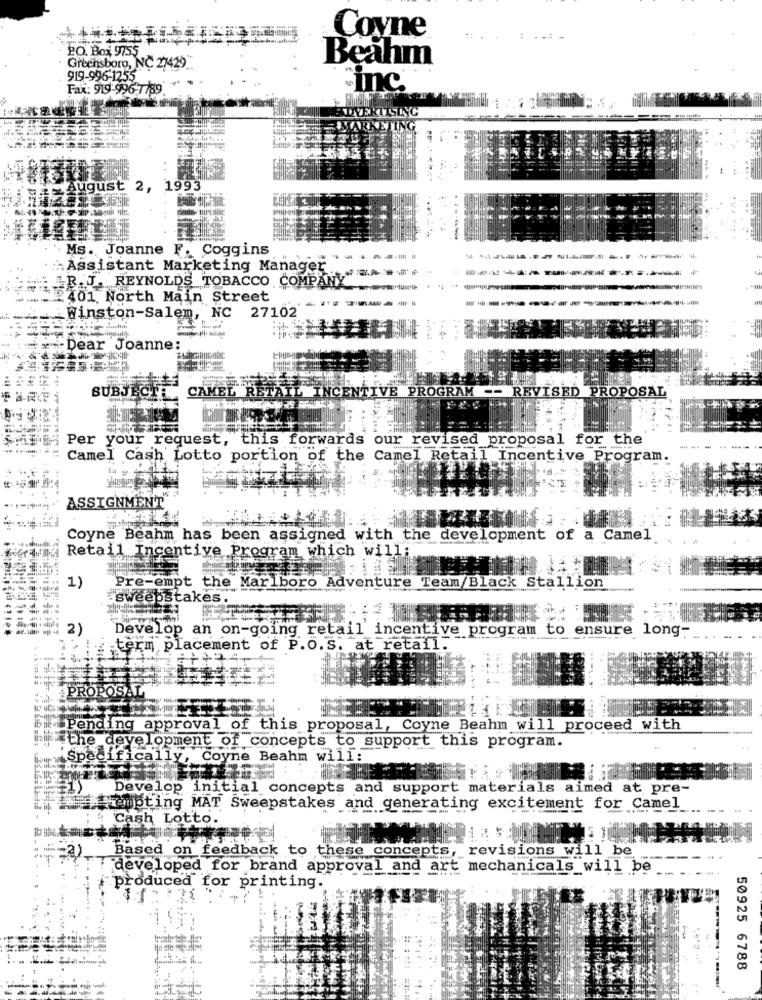
Covne
PO. Box 9755
Beahm
Greensboro, NC 27429
919-996-1255
Fax: 919-996-7789
inc.
OYEKTISIN
August 2, 1993
Ms. Joanne F. Coggins
Assistant Marketing Manager
R. J. REYNOLDS TOBACCO COMPANY
12401 North Main Street
Winston-Salem, NC 27102
Dear Joanne
CAMEL
IVE PROGRAM
- REVISED PROPOSAL
SUBJECT
Per your request, this forwards our revised proposal for the
Camel Cash Lotto portion of the Camel Retail Incentive Program
ASSIGNMENT
Coyne Beahm has been assigned with the development of a Camel
Retail Incentive Program which will;
1)
Pre-empt the Marlboro Adventure Team Black Stallion
sweepstakes.
2)
Develop an on-going retail incentive program to ensure long-
ip term placement of P.O.S. at retail.
:++74
PROPOSAL
ibil i Pending approval of this proposal, Coyne Beahm will proceed with
iithe development of concepts to support this program.
"Specifically, Coyne Beahm will:
Develop initial concepts and support materials aimed at pre-
Hemoting MAT Sweepstakes and generating excitement for Camel
Cash Lotto.
Based on feedback to these concepts, revisions will be
== 2)
developed for brand approval and art mechanicals will be
produced for printing.
50925 6788